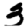
Digit: 3